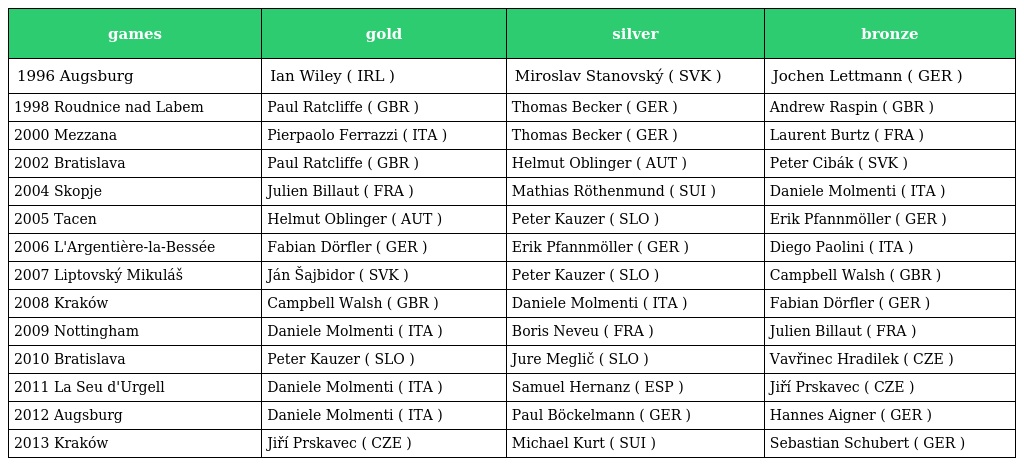
| games | gold | silver | bronze |
 | --- | --- | --- | --- |
 | 1996 Augsburg | Ian Wiley ( IRL ) | Miroslav Stanovský ( SVK ) | Jochen Lettmann ( GER ) |
 | 1998 Roudnice nad Labem | Paul Ratcliffe ( GBR ) | Thomas Becker ( GER ) | Andrew Raspin ( GBR ) |
 | 2000 Mezzana | Pierpaolo Ferrazzi ( ITA ) | Thomas Becker ( GER ) | Laurent Burtz ( FRA ) |
 | 2002 Bratislava | Paul Ratcliffe ( GBR ) | Helmut Oblinger ( AUT ) | Peter Cibák ( SVK ) |
 | 2004 Skopje | Julien Billaut ( FRA ) | Mathias Röthenmund ( SUI ) | Daniele Molmenti ( ITA ) |
 | 2005 Tacen | Helmut Oblinger ( AUT ) | Peter Kauzer ( SLO ) | Erik Pfannmöller ( GER ) |
 | 2006 L'Argentière-la-Bessée | Fabian Dörfler ( GER ) | Erik Pfannmöller ( GER ) | Diego Paolini ( ITA ) |
 | 2007 Liptovský Mikuláš | Ján Šajbidor ( SVK ) | Peter Kauzer ( SLO ) | Campbell Walsh ( GBR ) |
 | 2008 Kraków | Campbell Walsh ( GBR ) | Daniele Molmenti ( ITA ) | Fabian Dörfler ( GER ) |
 | 2009 Nottingham | Daniele Molmenti ( ITA ) | Boris Neveu ( FRA ) | Julien Billaut ( FRA ) |
 | 2010 Bratislava | Peter Kauzer ( SLO ) | Jure Meglič ( SLO ) | Vavřinec Hradilek ( CZE ) |
 | 2011 La Seu d'Urgell | Daniele Molmenti ( ITA ) | Samuel Hernanz ( ESP ) | Jiří Prskavec ( CZE ) |
 | 2012 Augsburg | Daniele Molmenti ( ITA ) | Paul Böckelmann ( GER ) | Hannes Aigner ( GER ) |
 | 2013 Kraków | Jiří Prskavec ( CZE ) | Michael Kurt ( SUI ) | Sebastian Schubert ( GER ) |